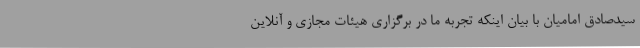
سیدصادق امامیان با بیان اینکه تجربه ما در برگزاری هیئات مجازی و آنلاین